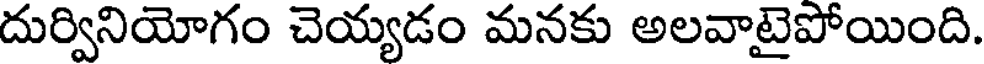
దుర్వినియోగం చెయ్యడం మనకు అలవాటైపోయింది.